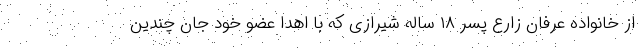
از خانواده عرفان زارع پسر ۱۸ ساله شیرازی که با اهدا عضو خود جان چندین